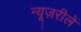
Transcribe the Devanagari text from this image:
न्यूज़रीलें